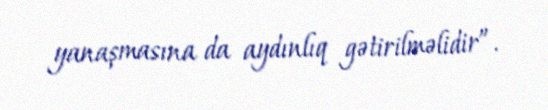
yanaşmasına da aydınlıq gətirilməlidir”.